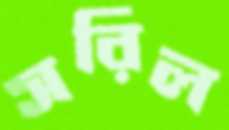
সরিল